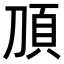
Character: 𬰿